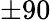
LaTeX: \pm 90